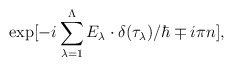
\begin{align*}\exp[ -i \sum_{\lambda =1}^\Lambda E_\lambda \cdot \delta(\tau_\lambda)/\hbar \mp i\pi n ],\end{align*}